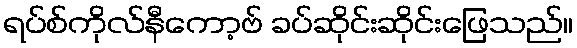
ရပ်စ်ကိုလ်နီကော့ဗ် ခပ်ဆိုင်းဆိုင်းဖြေသည်။